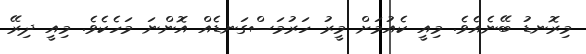
މިރޮނޑު ބޭނެއެވެ. މިއީ ކެއުމަށް މީރު ހަރުމަސްގަނޑެއް އޮންނަ މަހެކެވެ. މިއީ ދިރޭ